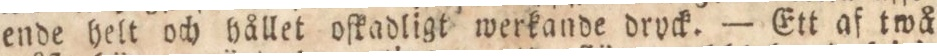
ende helt och hållet oſkadligt werkande dryck. — Ett af twå